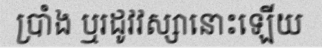
ប្រាំង ឬរដូវវស្សានោះឡើយ